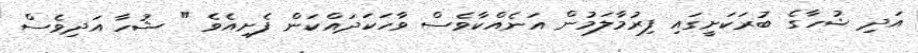
އަދި ޝުހާގެ ބުރަކަށީގައި ފިރުމާލަމުން އަނެއްކާވެސް ވާހަކަދައްކަން ފެށިއެވެ " ޝުހާ އަދިވެސް